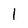
Character: 1